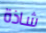
شاذة